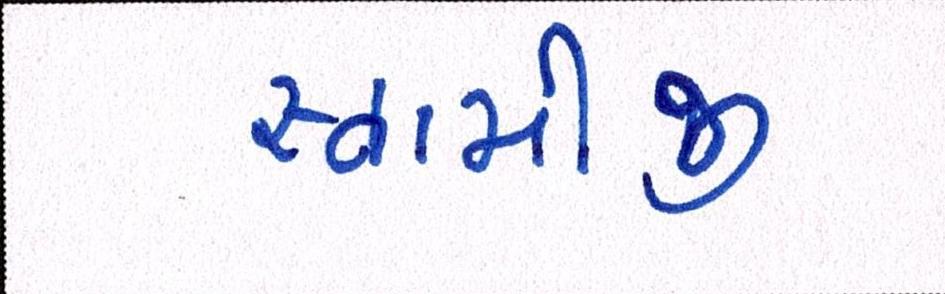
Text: સ્વામીજી